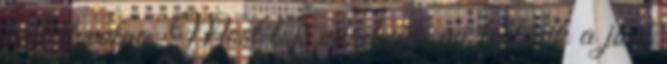
kellett volna. Most tök mindegy, mi történik a jövő